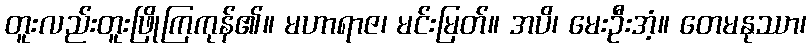
တူးလည်းတူးဖြိုကြကုန်၏။ မဟာရာဇ၊ မင်းမြတ်။ အပိ၊ မေးဦးအံ့။ တေမနုဿာ၊